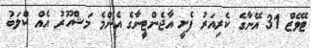
ޓެވޭޒް 31 އޭނާގެ ކެރިއަރު ފެށީ އާޖެންޓީނާގެ އެންމެ މަޝްހޫރު އެއް ކްލަބު